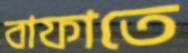
বাফাতে